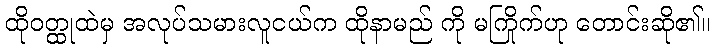
ထိုဝတ္ထုထဲမှ အလုပ်သမားလူငယ်က ထိုနာမည် ကို မကြိုက်ဟု တောင်းဆို၏။